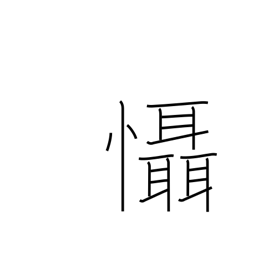
Meaning: fear